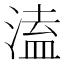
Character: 溘